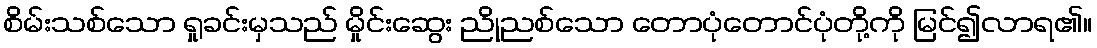
စိမ်းသစ်သော ရှုခင်းမှသည် မှိုင်းဆွေး ညိုညစ်သော တောပုံတောင်ပုံတို့ကို မြင်၍လာရ၏။